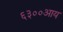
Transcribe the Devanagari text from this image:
६३००आय